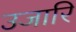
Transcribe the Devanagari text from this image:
उजारि